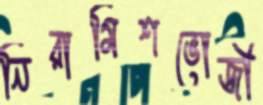
নিরামিশভোজী